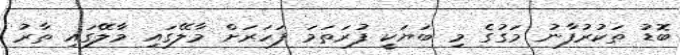
ބޮޑު ތަކުރުފާނު މަގުގެ މި ބަޔަކީ ފުރަތަމަ ފަހަރަށް މާލޭގައި މާލޭގައި ތާރު